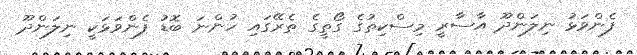
ފެންވަޅު ނިލަންދޫ އާސާރީ މިސްކިތުގެ ގޯތީގެ ތެރޭގައި ހުންނަ ބޮޑު ފެންވަޅަކީ ނިލަންދޫ